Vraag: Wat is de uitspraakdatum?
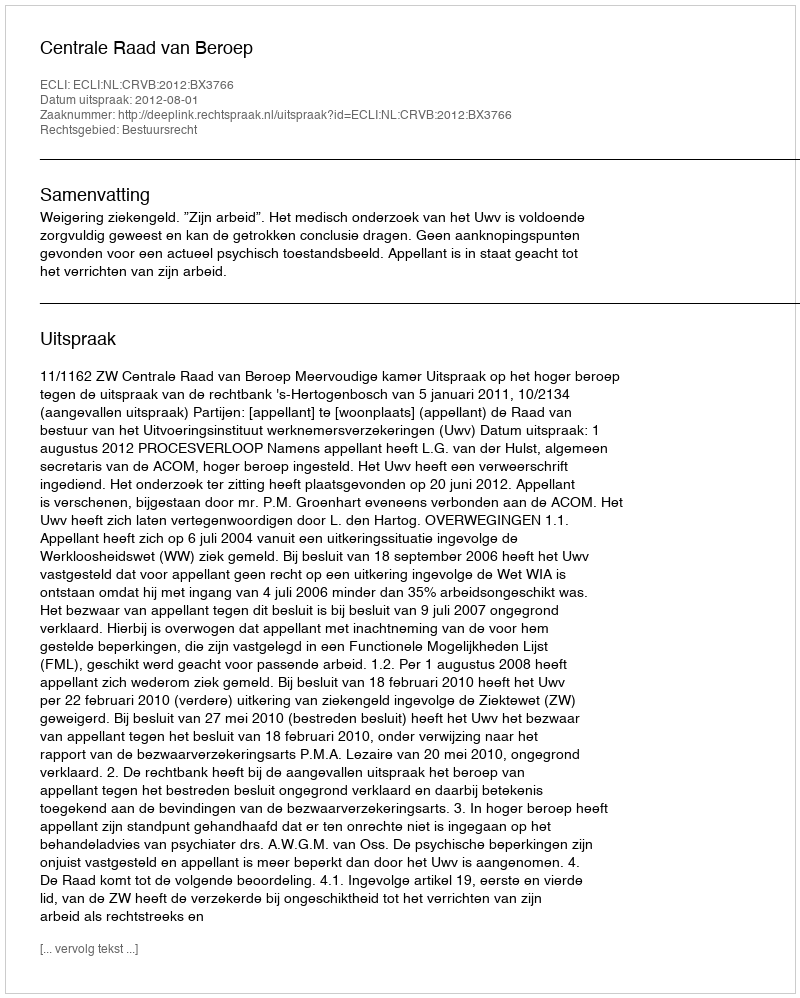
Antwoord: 2012-08-01